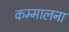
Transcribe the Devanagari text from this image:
कम्मालना